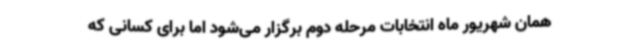
همان شهریور ماه انتخابات مرحله دوم برگزار می‌شود اما برای کسانی که